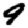
Digit: 9